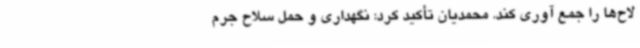
لاح‌ها را جمع آوری کند. محمدیان تأکید کرد: نگهداری و حمل سلاح جرم